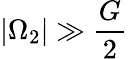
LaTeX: |\Omega_{2}|\gg\frac{G}{2}